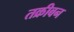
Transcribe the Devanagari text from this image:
तक्रीबन